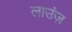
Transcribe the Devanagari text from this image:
लाउंज़